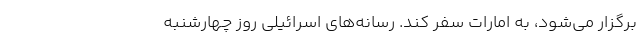
برگزار می‌شود، به امارات سفر کند. رسانه‌های اسرائیلی روز چهارشنبه